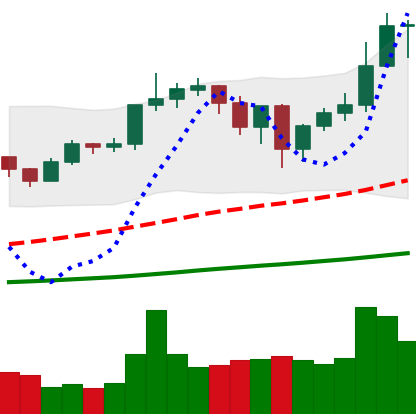
Ticker: ETH-USD
Chart end date: 2020-12-29
Forward return: 33.354%
Label: up_7plus